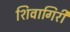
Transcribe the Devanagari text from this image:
शिवागिरी